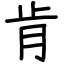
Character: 肯